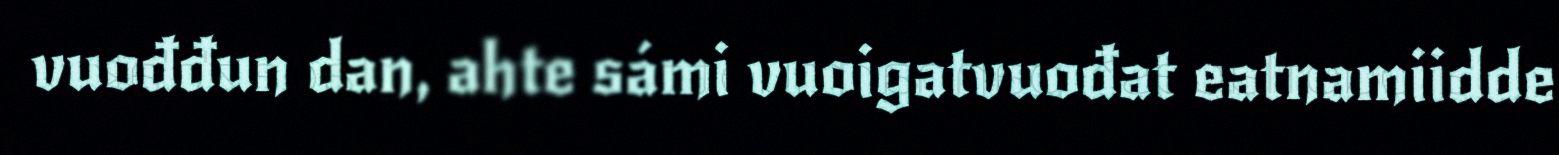
vuođđun dan, ahte sámi vuoigatvuođat eatnamiidde